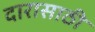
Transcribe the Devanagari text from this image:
दारासाठी